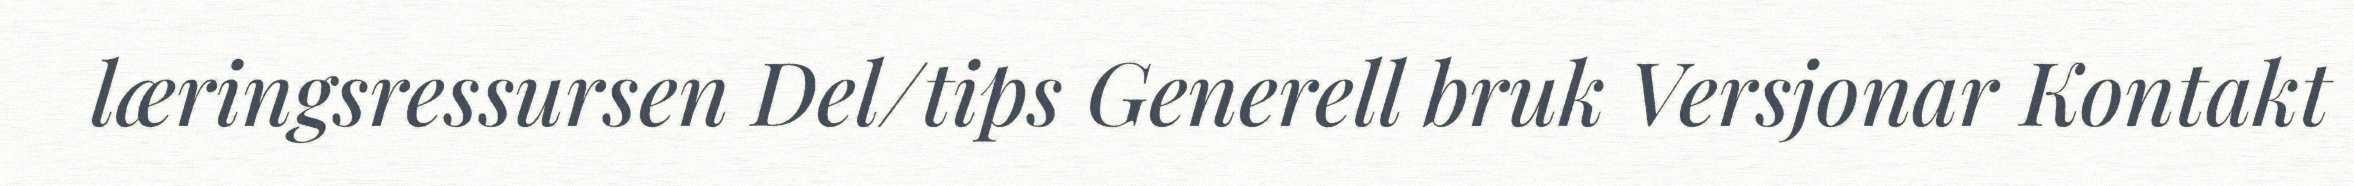
læringsressursen Del/tips Generell bruk Versjonar Kontakt